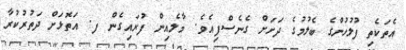
އެތަކެތި ފުލުހުންގެ ބެލުމުގެ ދަށަށް ގެނެސްފިއެވެ. މާލެއިން ފުރައިގެން ފ. އަތޮޅަށް ދަތުރުކުރާ